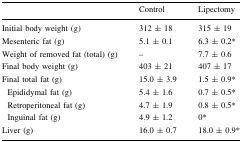
<table><thead><tr><td></td><td><b>Control</b></td><td><b>Lipectomy</b></td></tr></thead><tbody><tr><td>Initial body weight (g)</td><td>312 ± 18</td><td>315 ± 19</td></tr><tr><td>Mesenteric fat (g)</td><td>5.1 ± 0.1</td><td>6.3 ± 0.2*</td></tr><tr><td>Weight of removed fat (total) (g)</td><td>–</td><td>7.7 ± 0.6</td></tr><tr><td>Final body weight (g)</td><td>403 ± 21</td><td>407 ± 17</td></tr><tr><td>Final total fat (g)</td><td>15.0 ± 3.9</td><td>1.5 ± 0.9*</td></tr><tr><td> Epididymal fat (g)</td><td>5.4 ± 1.6</td><td>0.7 ± 0.5*</td></tr><tr><td> Retroperitoneal fat (g)</td><td>4.7 ± 1.9</td><td>0.8 ± 0.5*</td></tr><tr><td> Inguinal fat (g)</td><td>4.9 ± 1.2</td><td>0*</td></tr><tr><td>Liver (g)</td><td>16.0 ± 0.7</td><td>18.0 ± 0.9*</td></tr></tbody></table>